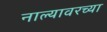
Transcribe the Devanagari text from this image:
नाल्यावरच्या